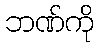
ဘဏ်ကို